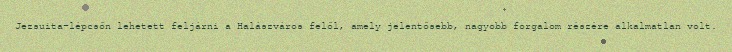
Jezsuita-lépcsőn lehetett feljárni a Halászváros felől, amely jelentősebb, nagyobb forgalom részére alkalmatlan volt.